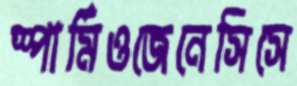
স্পার্মিওজেনেসিসে